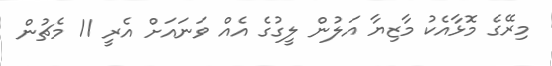
މިރޭގެ މޮޅާއެކު މާޒިޔާ އަލުން ލީގުގެ އެއް ވަނައަށް އެރީ 11 މެޗުން